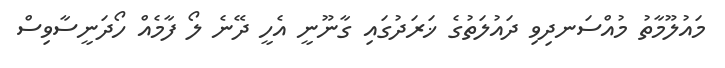
މައުލޫމާތު މުއްސަނދިވި ދައުލަތުގެ ޚަރަދުގައި ގާނޫނީ އެހީ ދޭނެ ލޯ ފާމެއް ހޯދަނީސާވިސް